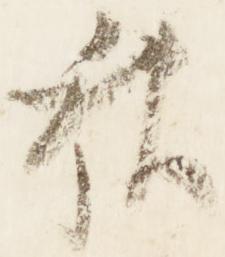
秋